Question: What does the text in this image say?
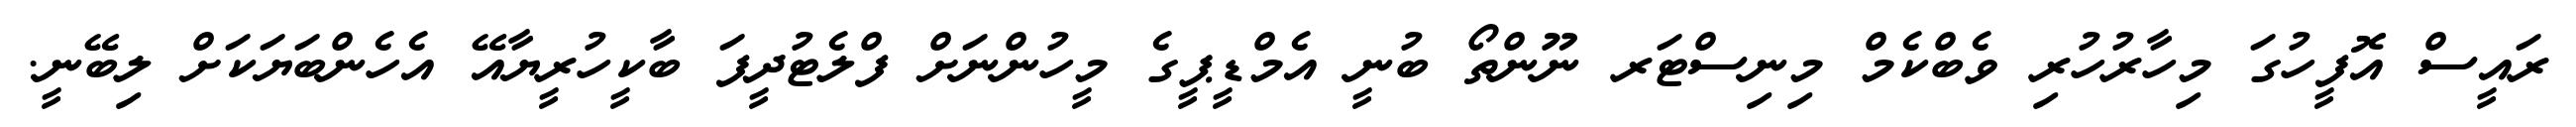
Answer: ރައީސް އޮފީހުގަ މިހާރުހުރި ވެބްކެމް މިނިސްޓަރ ނޫންތޯ ބުނީ އެމްޑީޕީގެ މީހުންނަށް ފްލެޓުދީފަ ބާކީހުރީޔާއޭ އެހެންބަޔަކަށް ލިބޭނީ.